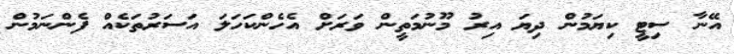
އޭނާ ސިޓީ ކިޔަމުން ދިޔަ އިރު މޫނުމަތީން ވަރަށް އެހެންކަހަލަ އަސަރުތަކެއް ފެންނަމުން